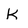
Character: k